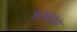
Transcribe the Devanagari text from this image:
डेलेविंग्ने